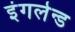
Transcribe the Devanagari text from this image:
इंगलेन्ड